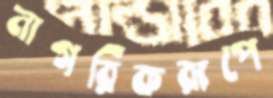
নাগরিকরূপে